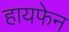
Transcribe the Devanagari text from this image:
हायफेन